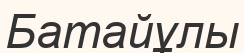
Батайұлы